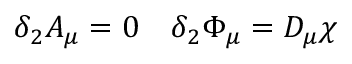
\delta _ { 2 } A _ { \mu } = 0 \quad \delta _ { 2 } \Phi _ { \mu } = D _ { \mu } \chi